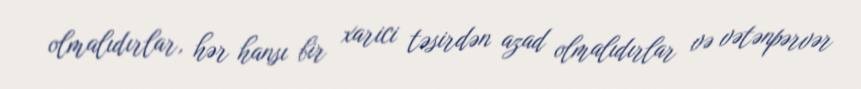
olmalıdırlar, hər hansı bir xarici təsirdən azad olmalıdırlar və vətənpərvər